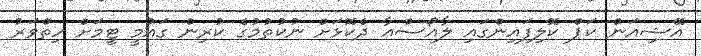
އޭޝިއަން ކަޕް ކޮލިފައިންގައި ލާއޯސްއާ ދެކޮޅަށް ނުކުތުމުގެ ކުރިން ގައުމީ ޓީމަށް ހިތްވަރު